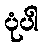
ပုံပါ